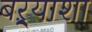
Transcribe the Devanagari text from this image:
बऱ्र्‍याशा